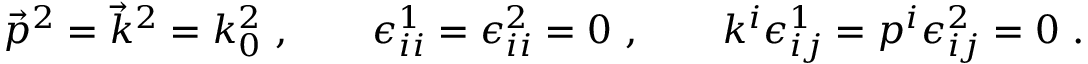
\vec { p } ^ { 2 } = \vec { k } ^ { 2 } = k _ { 0 } ^ { 2 } \ , \qquad \epsilon _ { i i } ^ { 1 } = \epsilon _ { i i } ^ { 2 } = 0 \ , \qquad k ^ { i } \epsilon _ { i j } ^ { 1 } = p ^ { i } \epsilon _ { i j } ^ { 2 } = 0 \ .